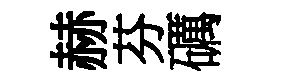
赫芬礪